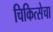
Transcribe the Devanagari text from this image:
चिकित्सेचा